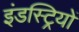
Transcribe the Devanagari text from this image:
इंडस्ट्रियों